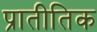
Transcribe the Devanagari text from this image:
प्रातीतिक